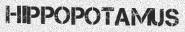
HIPPOPOTAMUS